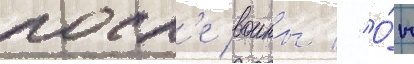
посл'е воины // О́н